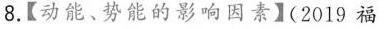
8.【动能、势能的影响因素】(2019福